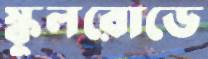
স্কুলরোডে